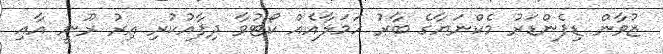
ޒުވާން ޑިފެންޑަރު މެކްނަޔާގެ ބާރު ހަމަލާއެއް ކޯޓުވާ ދިފާއުކުރި އިރު ރޫނީ އާއި